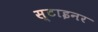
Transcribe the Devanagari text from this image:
स्टाइनर